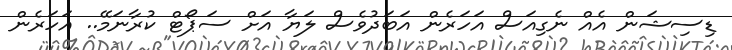
ޑިސިޝަން އެއް ނެގިއަސް އަހަރެން އަބަދުވެސް ލަޔާ އަށް ސަޕޯޓް ކުރާނަމޭ.. އަހަރެން